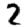
Digit: 2